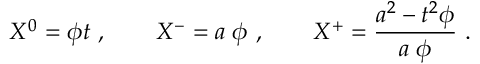
X ^ { 0 } = \phi t \ , \qquad X ^ { - } = a \; \phi \ , \qquad X ^ { + } = { \frac { a ^ { 2 } - t ^ { 2 } \phi } { a \; \phi } } \ .